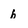
Character: b